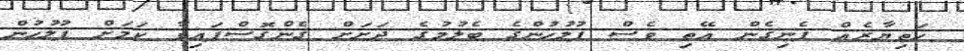
ހަތިޔާރެއް ފެނިގެން އޭތި ވެސް ފުލުހުންގެ ބެލުމުގެ ދަށަށް ގެންގޮސްފައިވާ ކަމަށް ފުލުހުން